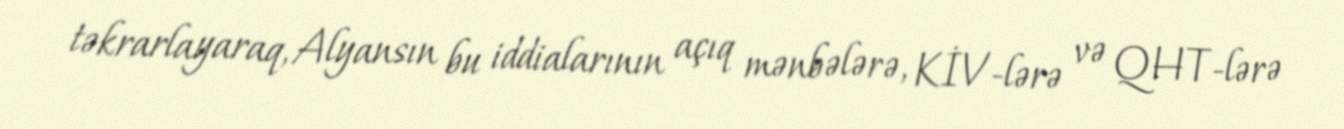
təkrarlayaraq, Alyansın bu iddialarının açıq mənbələrə, KİV-lərə və QHT-lərə